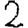
Digit: 2